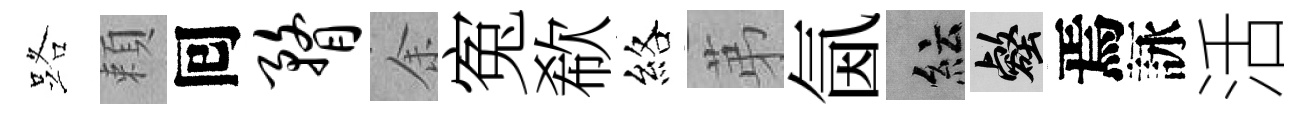
路頼囘瞀余寃欷絡苐氤紜壑焉詠活